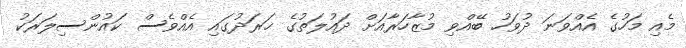
މެއި މަހުގެ އެއްވަނަ ދުވަހު ބޭއްވި މުޒާހަރާއަށް ދައުލަތުގެ ޚަރަދުގައި އެއްވެސް ކައުންސިލަރަކު